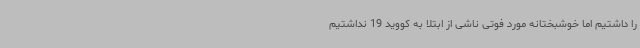
را داشتیم اما خوشبختانه مورد فوتی ناشی از ابتلا به کووید 19 نداشتیم